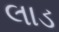
લાડ